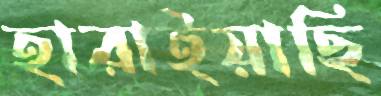
হারাইয়াছি